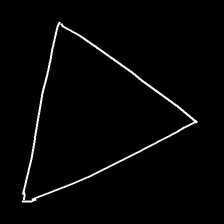
Glyph: convergence